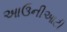
આઉનીઆટી